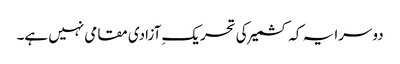
دوسرا یہ کہ کشمیر کی تحریکِ آزادی مقامی نہیں ہے۔